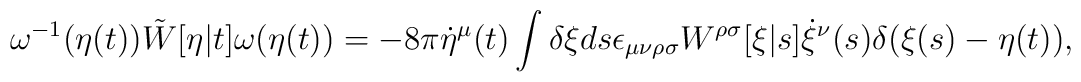
\omega^{-1}(\eta(t)) \tilde{W}[\eta|t] \omega(\eta(t))   = - 8\pi \dot{\eta}^\mu(t) \int \delta\xi ds \epsilon_{\mu\nu\rho\sigma}   W^{\rho\sigma}[\xi|s] \dot{\xi}^\nu(s) \delta(\xi(s)-\eta(t)),